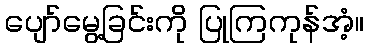
ပျော်မွေ့ခြင်းကို ပြုကြကုန်အံ့။